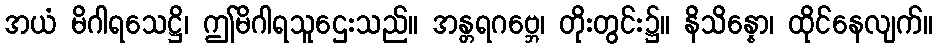
အယံ မိဂါရသေဋ္ဌိ၊ ဤမိဂါရသူဌေးသည်။ အန္တရဂဗ္ဘေ၊ တိုးတွင်း၌။ နိသိန္နော၊ ထိုင်နေလျက်။